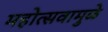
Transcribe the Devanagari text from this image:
महोत्सवामुळे